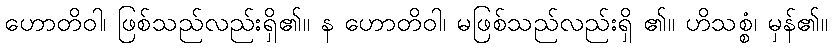
ဟောတိဝါ၊ ဖြစ်သည်လည်းရှိ၏။ န ဟောတိဝါ၊ မဖြစ်သည်လည်းရှိ ၏။ ဟိသစ္စံ၊ မှန်၏။